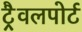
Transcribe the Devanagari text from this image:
ट्रैवलपोर्ट